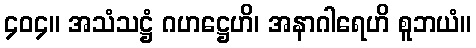
၄၀၄။ အသံသဋ္ဌံ ဂဟဋ္ဌေဟိ၊ အနာဂါရေဟိ စူဘယံ။